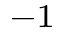
^ { - 1 }